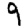
Digit: 9